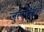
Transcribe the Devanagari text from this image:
जुलनेवाले